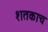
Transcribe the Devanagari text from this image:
शतकाच